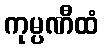
ကုမ္ပဏီထံ